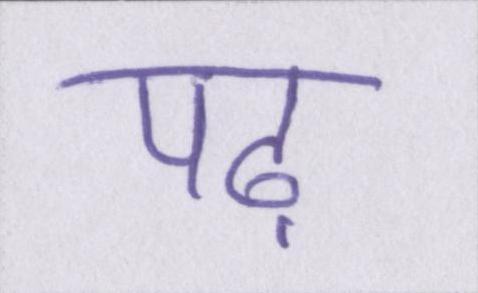
पढ़